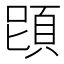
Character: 𩒁